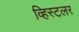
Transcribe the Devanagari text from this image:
व्हिस्टलर